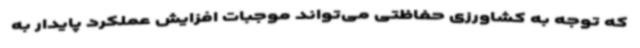
که توجه به کشاورزی حفاظتی می‌تواند موجبات افزایش عملکرد پایدار به